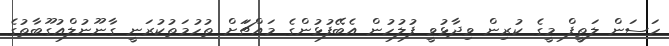
ހަސަން ލަތީފް މީގެ ކުރިން ވިދާޅުވީ ފުލުހުން އެބޭފުޅުންގެ މައްޗަަށް ތުހުމަތުކުރަނީ ގާނޫނުލްއުގޫބާތުގެ